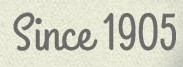
Since 1905